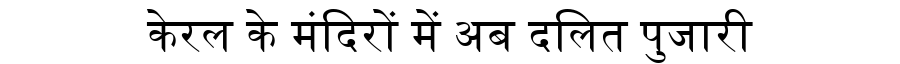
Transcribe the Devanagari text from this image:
केरल के मंदिरों में अब दलित पुजारी